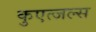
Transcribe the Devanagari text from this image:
कुएत्जल्स